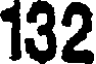
132